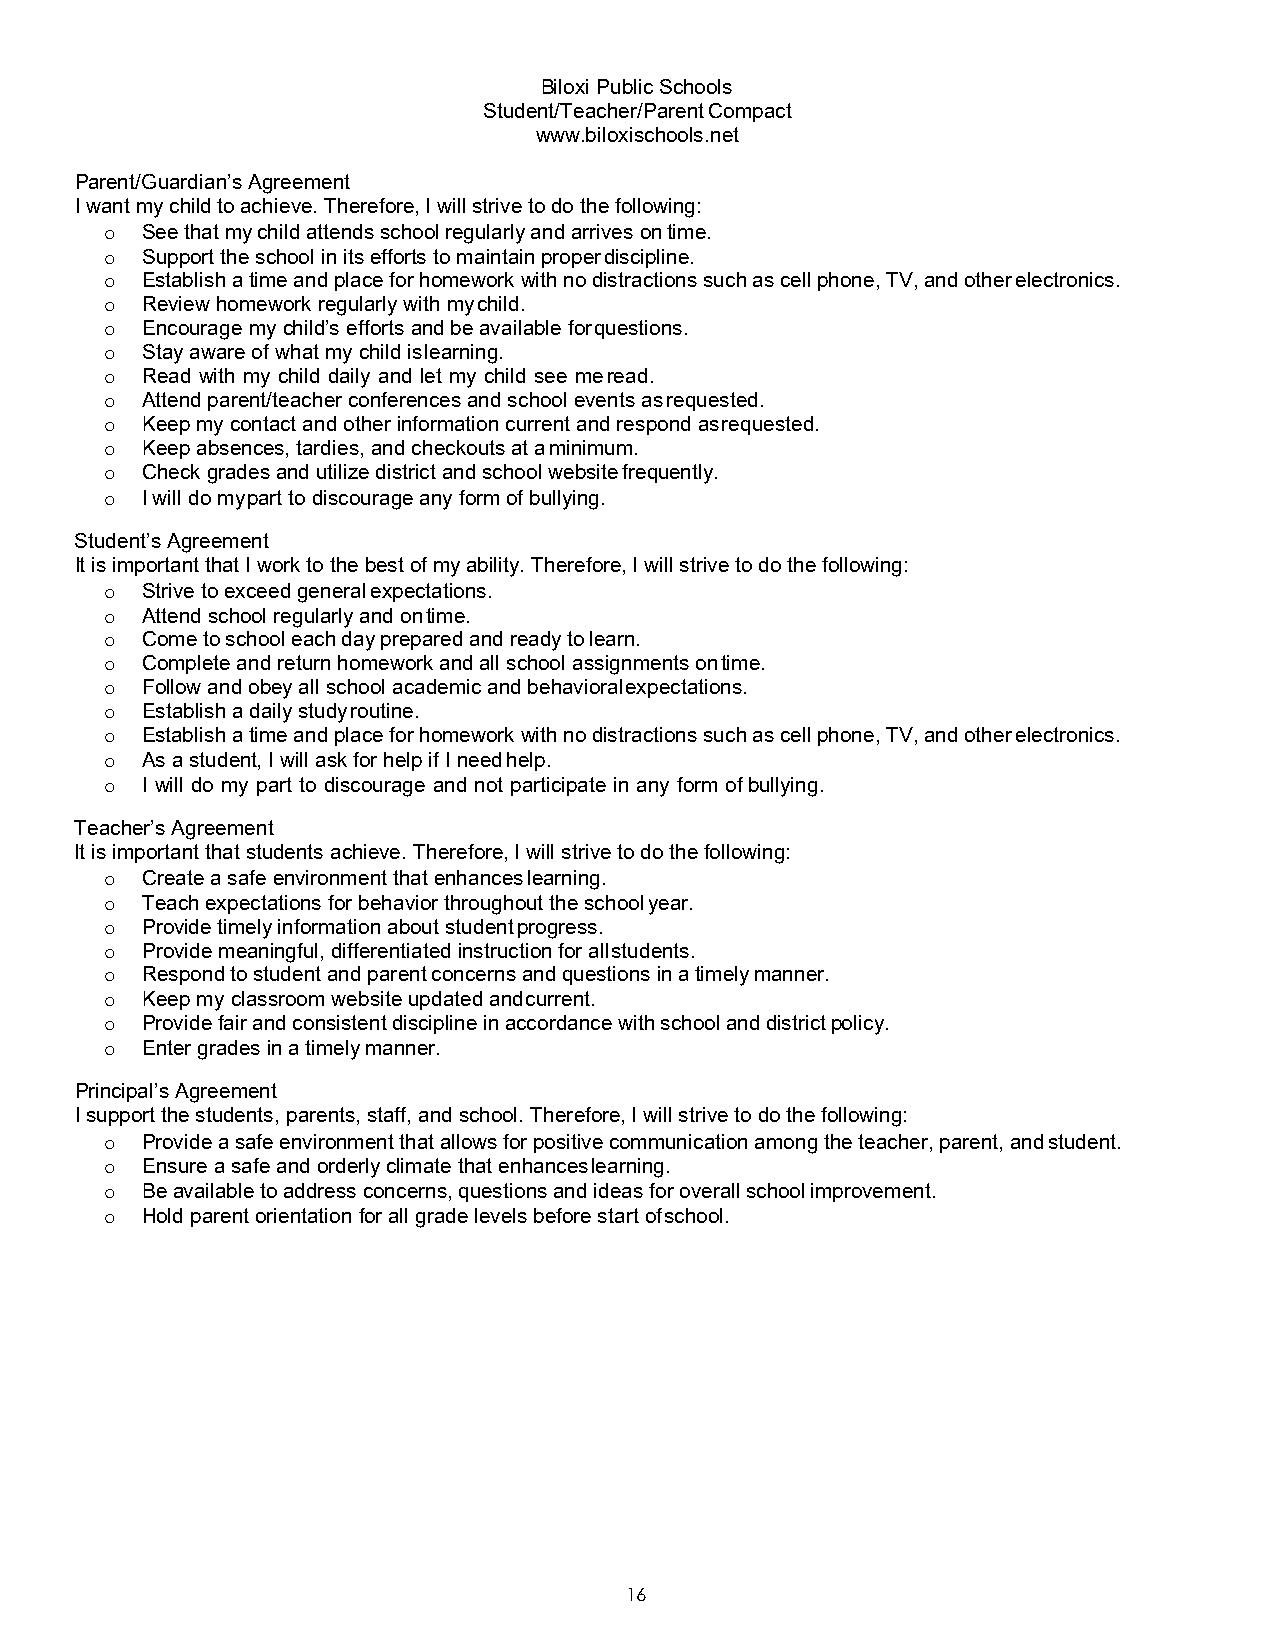
Biloxi Public Schools
 Student/Teacher/Parent Compact
 www.biloxischools.net
 Parent/Guardian’s Agreement
 I want my child to achieve. Therefore, I will strive to do the following:
 See that my child attends school regularly and arrives on time.
 o
 Support the school in its efforts to maintain proper discipline.
 o
 Establish a time and place for homework with no distractions such as cell phone, TV, and other electronics.
 o
 Review homework regularly with my child.
 o
 Encourage my child’s efforts and be available for questions.
 o
 Stay aware of what my child is learning.
 o
 Read with my child daily and let my child see me read.
 o
 Attend parent/teacher conferences and school events as requested.
 o
 Keep my contact and other information current and respond as requested.
 o
 Keep absences, tardies, and checkouts at a minimum.
 o
 Check grades and utilize district and school website frequently.
 o
 I will do my part to discourage any form of bullying.
 o
 Student’s Agreement
 It is important that I work to the best of my ability. Therefore, I will strive to do the following:
 Strive to exceed general expectations.
 o
 Attend school regularly and on time.
 o
 Come to school each day prepared and ready to learn.
 o
 Complete and return homework and all school assignments on time.
 o
 Follow and obey all school academic and behavioral expectations.
 o
 Establish a daily study routine.
 o
 Establish a time and place for homework with no distractions such as cell phone, TV, and other electronics.
 o
 As a student, I will ask for help if I need help.
 o
 I will do my part to discourage and not participate in any form of bullying.
 o
 Teacher’s Agreement
 It is important that students achieve. Therefore, I will strive to do the following:
 Create a safe environment that enhances learning.
 o
 Teach expectations for behavior throughout the school year.
 o
 Provide timely information about student progress.
 o
 Provide meaningful, differentiated instruction for all students.
 o
 Respond to student and parent concerns and questions in a timely manner.
 o
 Keep my classroom website updated and current.
 o
 Provide fair and consistent discipline in accordance with school and district policy.
 o
 Enter grades in a timely manner.
 o
 Principal’s Agreement
 I support the students, parents, staff, and school. Therefore, I will strive to do the following:
 Provide a safe environment that allows for positive communication among the teacher, parent, and student.
 o
 Ensure a safe and orderly climate that enhances learning.
 o
 Be available to address concerns, questions and ideas for overall school improvement.
 o
 Hold parent orientation for all grade levels before start of school.
 o
 16